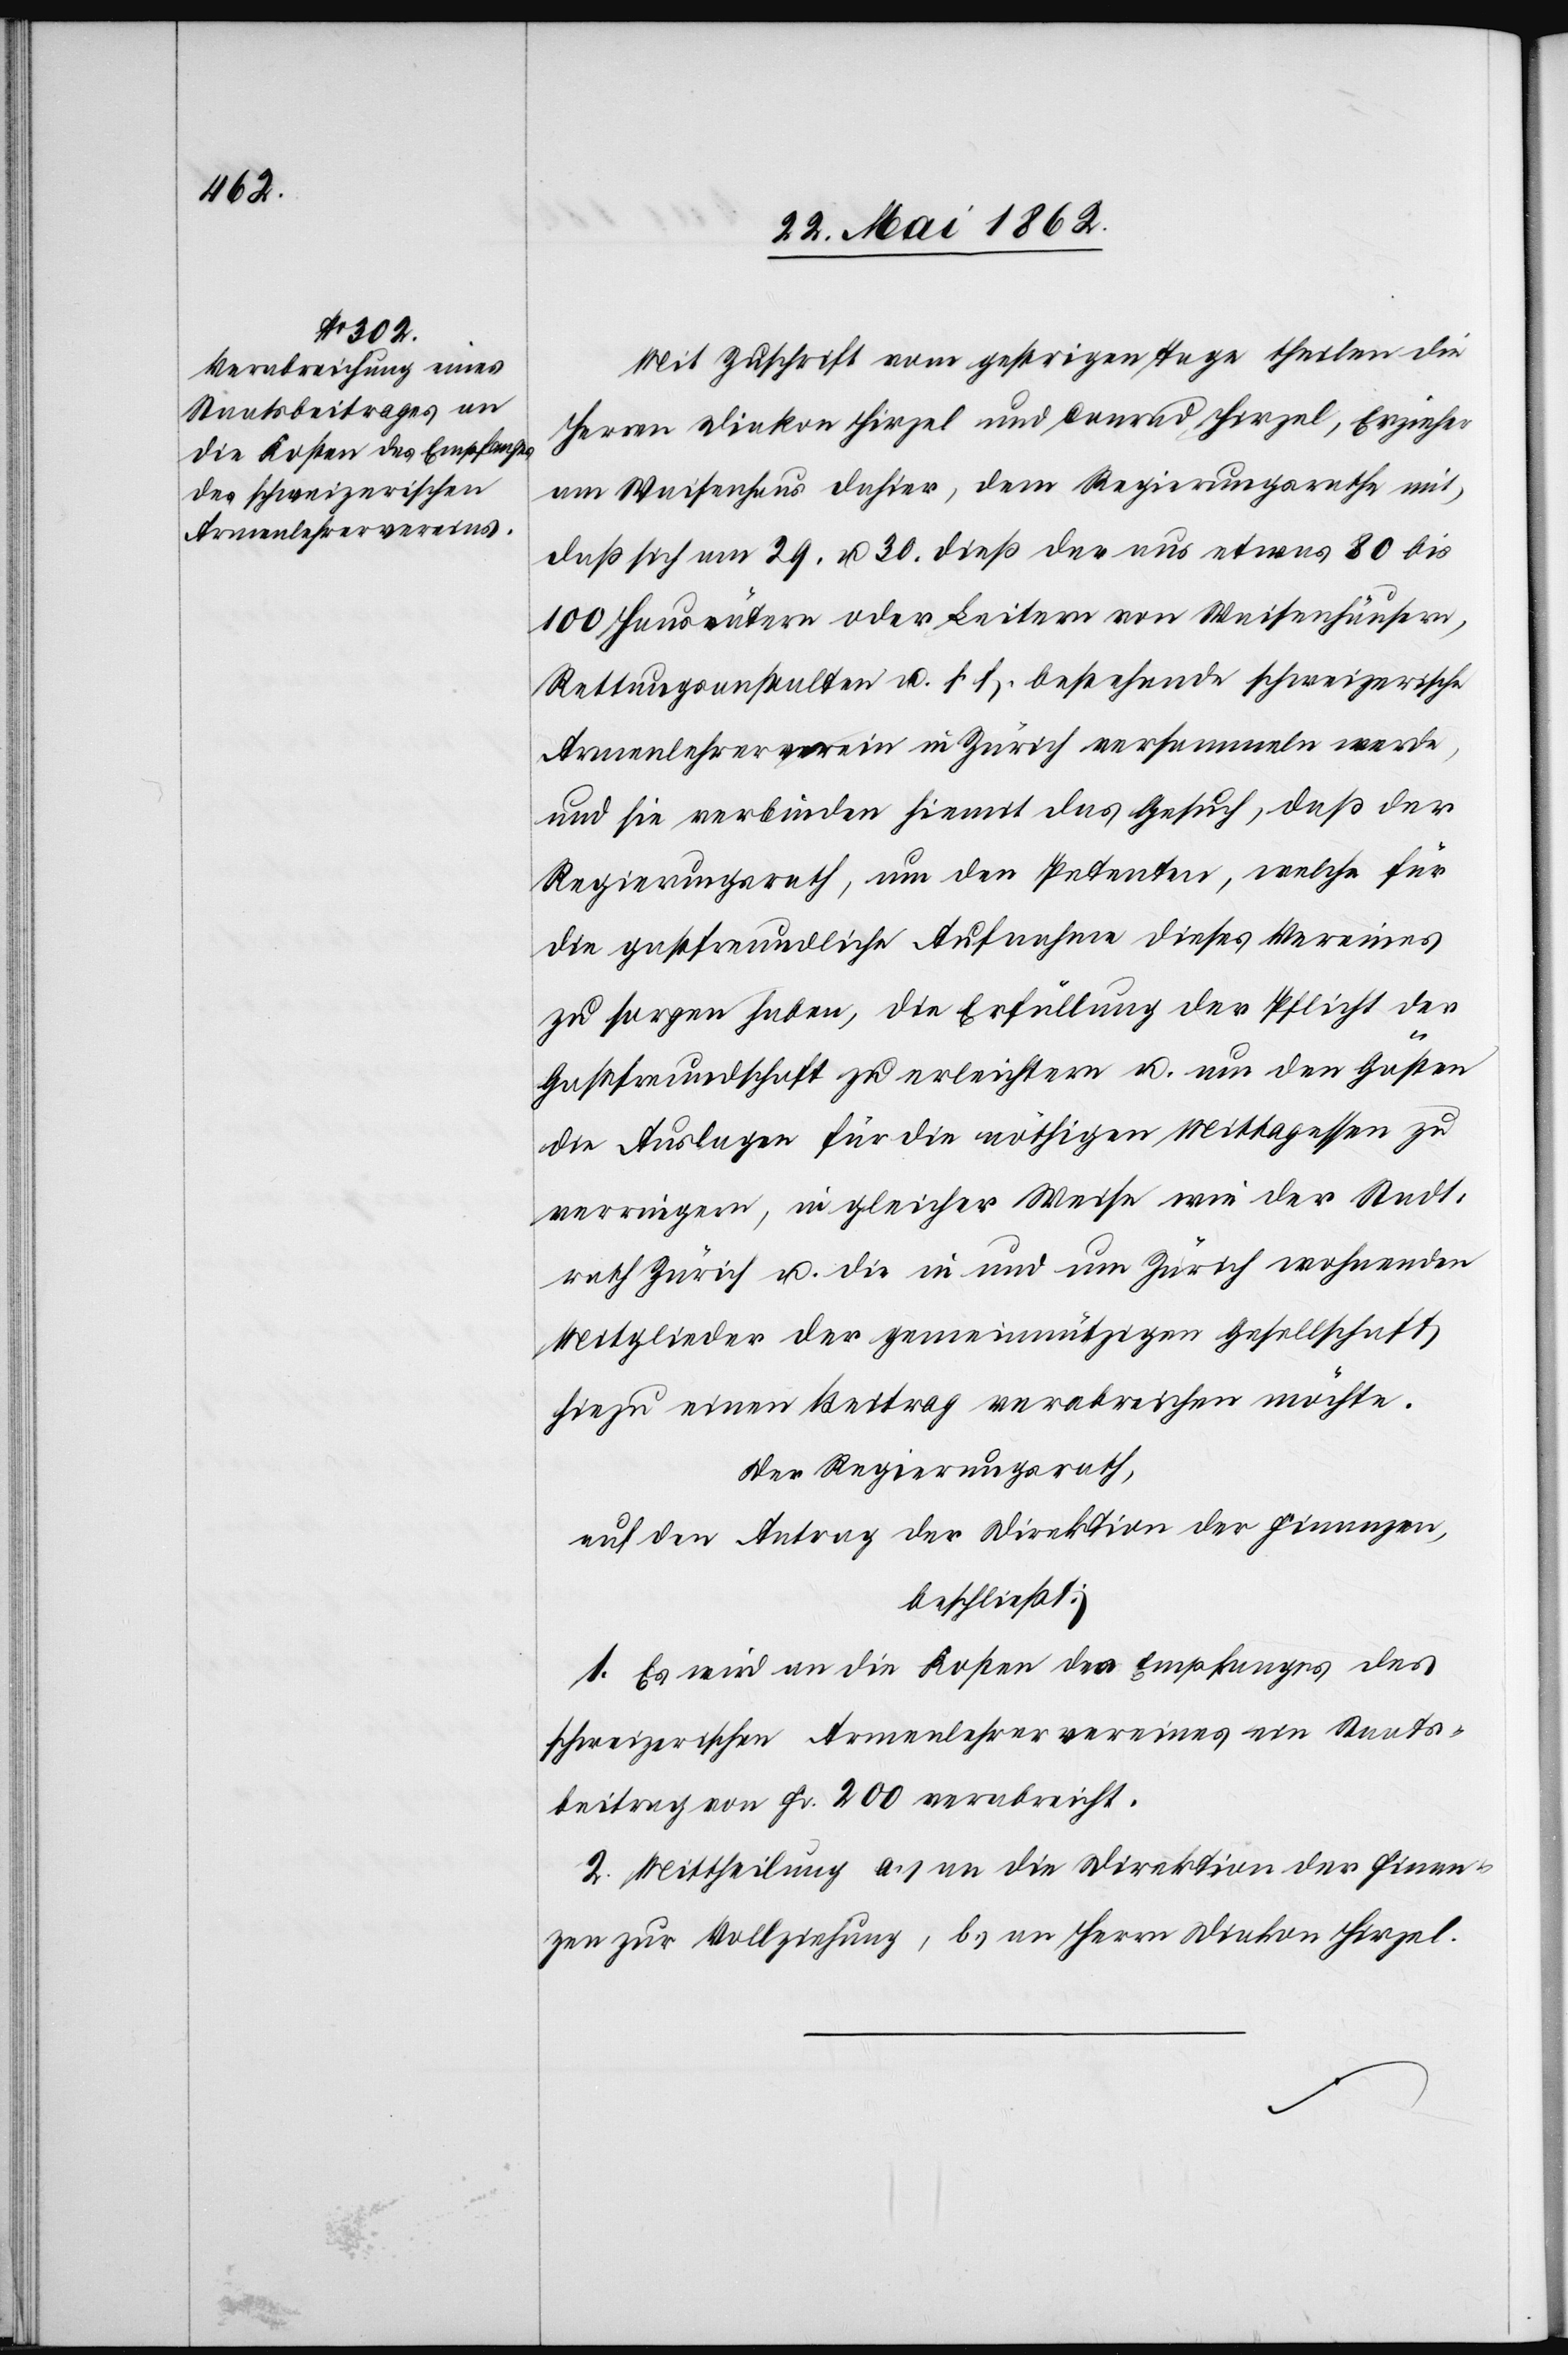
Mit Zuschrift vom gestrigen Tage theilen die
Herren Diakon Hirzel und Conrad Hirzel, Erzieher
am Waisenhaus dahier, dem Regierungsrathe mit,
daß sich am 29. u. 30. dieß der aus etwas [sic!]
100 Hausvätern oder Leitern von Waisenhäusern,
Rettungsanstalten u. s. f., bestehende schweizerische
Armenlehrerverein in Zürich versammeln werde,
und sie verbinden hiemit das Gesuch, daß der
Regierungsrath, um den Petenten, welche für
die gastfreundliche Aufnahme dieses Vereines
zu sorgen haben, die Erfüllung der Pflicht der
Gastfreundschaft zu erleichtern u. um den Gästen
die Auslagen für die nöthigen Mittagessen zu
verringern, in gleicher Weise wie der Stadt¬
rath Zürich u. die in und um Zürich wohnenden
Mitglieder der gemeinnützigen Gesellschaft
hiezu einen Beitrag verabreichen möchte.
Der Regierungsrath,
auf den Antrag der Direktion der Finanzen,
beschließt:
1. Es wird an die Kosten des Empfanges des
schweizerischen Armenlehrervereines ein Staats¬
beitrag von Fr. 200 verabreicht.
2. Mittheilung a) an die Direktion der Finan¬
zen zur Vollziehung, b) an Herrn Diakon Hirzel.